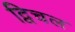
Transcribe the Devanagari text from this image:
द्विचल